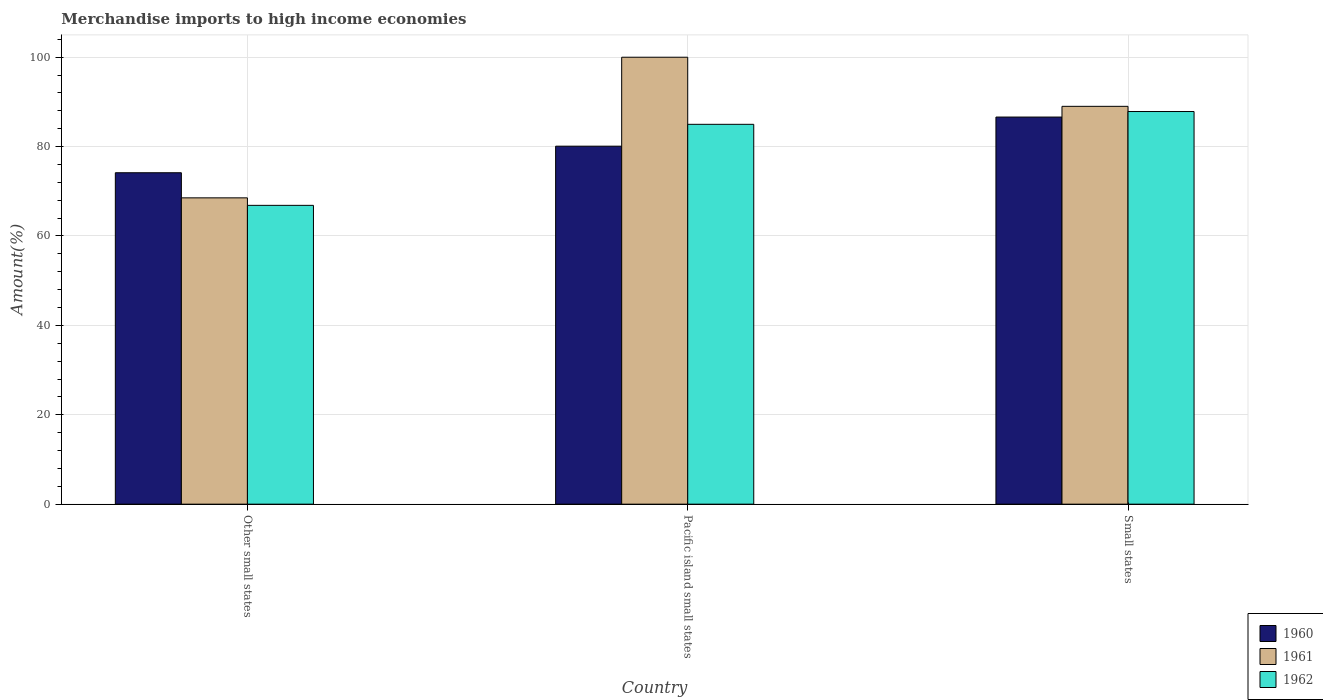
| Country | 1960 | 1961 | 1962 |
 | --- | --- | --- | --- |
 | Other small states | 74.2 | 68.5 | 66.9 |
 | Pacific island small states | 80.1 | 100 | 85 |
 | Small states | 86.6 | 89 | 87.9 |